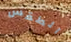
الطقس